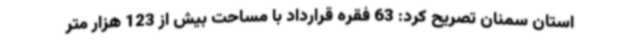
استان سمنان تصریح کرد: ‌63 فقره قرارداد با مساحت بیش از 123 هزار متر